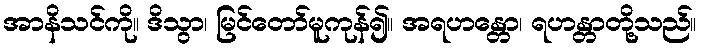
အာနိသင်ကို။ ဒိသွာ၊ မြင်တော်မူကုန်၍။ အရဟန္တော၊ ရဟန္တာတို့သည်။